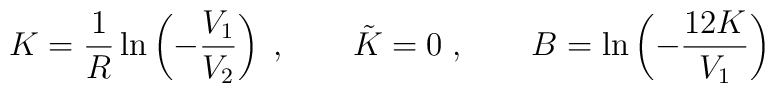
K=\frac{1}{R}\ln\left(-\frac{V_1}{V_2}\right)\; ,\qquad \tilde{K} = 0\; ,\qquad B = \ln\left(-\frac{12K}{V_1}\right)